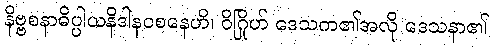
နိဗ္ဗစနာဓိပ္ပါယနိဒါနဝစနေဟိ၊ ဝိဂြိုဟ် ဒေသက၏အလို ဒေသနာ၏